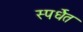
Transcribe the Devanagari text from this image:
स्पर्धॆत